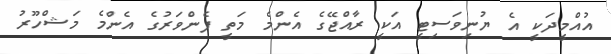
އުއްމީދަކީ އެ ޔުނިވަސިޓީ އަކީ ރާއްޖޭގެ އެންމެ މަތީ ފެންވަރުގެ އެންމެ މަޝްހޫރު